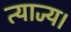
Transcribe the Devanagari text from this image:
त्याज्य।